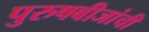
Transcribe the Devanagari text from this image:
पुरुषबीजांची